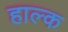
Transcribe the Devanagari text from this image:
हाल्क